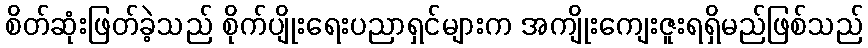
စိတ်ဆုံးဖြတ်ခဲ့သည် စိုက်ပျိုးရေးပညာရှင်များက အကျိုးကျေးဇူးရရှိမည်ဖြစ်သည်